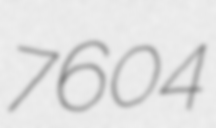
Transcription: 7604